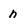
Character: n